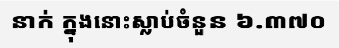
នាក់ ក្នុងនោះស្លាប់ចំនួន ៦.៣៧០